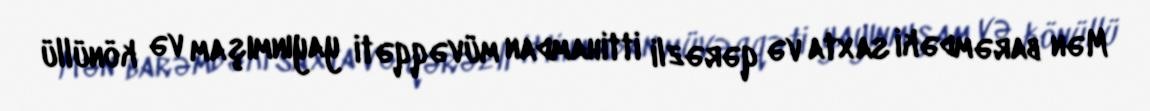
Mən barəmdəki saxta və qərəzli ittihamdan müvəqqəti yayınmışam və könüllü